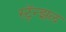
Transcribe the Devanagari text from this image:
स्ट्रॅन्झल